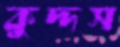
কুদ্দস